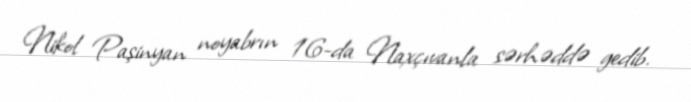
Nikol Paşinyan noyabrın 16-da Naxçıvanla sərhəddə gedib.